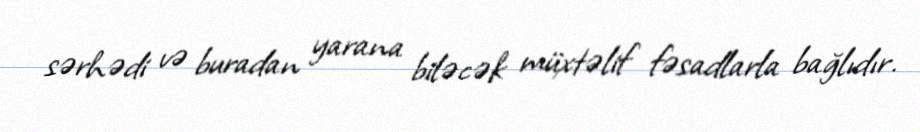
sərhədi və buradan yarana biləcək müxtəlif fəsadlarla bağlıdır.